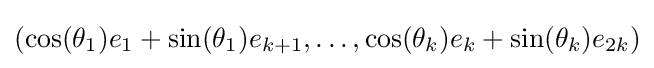
(\cos(\theta _{1})e_{1}+\sin(\theta _{1})e_{k+1},\ldots ,\cos(\theta _{k})e_{k}+\sin(\theta _{k})e_{2k})